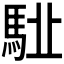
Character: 𩢩